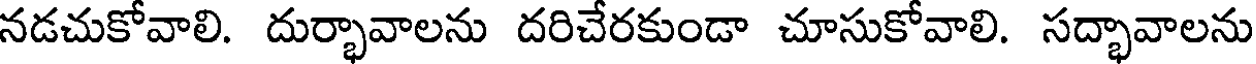
నడచుకోవాలి. దుర్భావాలను దరిచేరకుండా చూసుకోవాలి. సద్భావాలను